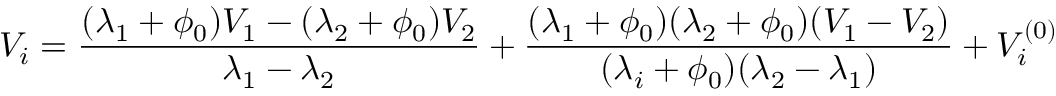
V _ { i } = \frac { ( \lambda _ { 1 } + \phi _ { 0 } ) V _ { 1 } - ( \lambda _ { 2 } + \phi _ { 0 } ) V _ { 2 } } { \lambda _ { 1 } - \lambda _ { 2 } } + \frac { ( \lambda _ { 1 } + \phi _ { 0 } ) ( \lambda _ { 2 } + \phi _ { 0 } ) ( V _ { 1 } - V _ { 2 } ) } { ( \lambda _ { i } + \phi _ { 0 } ) ( \lambda _ { 2 } - \lambda _ { 1 } ) } + V _ { i } ^ { ( 0 ) }